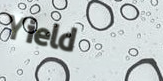
Yield